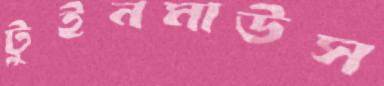
টুইনমাউস